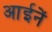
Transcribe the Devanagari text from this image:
आईनें